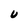
Character: U